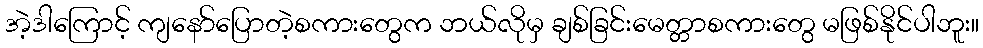
အဲ့ဒါကြောင့် ကျနော်ပြောတဲ့စကားတွေက ဘယ်လိုမှ ချစ်ခြင်းမေတ္တာစကားတွေ မဖြစ်နိုင်ပါဘူး။